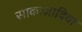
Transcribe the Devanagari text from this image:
साकाज़ाविया